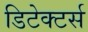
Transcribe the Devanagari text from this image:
डिटेक्टर्स